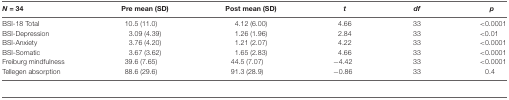
<table><thead><tr><td><b><i>N</i> = 34</b></td><td><b>Pre mean (SD)</b></td><td><b>Post mean (SD)</b></td><td><b><i>t</i></b></td><td><b><i>df</i></b></td><td><b><i>p</i></b></td></tr></thead><tbody><tr><td>BSI-18 Total</td><td>10.5 (11.0)</td><td>4.12 (6.00)</td><td>4.66</td><td>33</td><td>&lt;0.0001</td></tr><tr><td>BSI-Depression</td><td>3.09 (4.39)</td><td>1.26 (1.96)</td><td>2.84</td><td>33</td><td>&lt;0.01</td></tr><tr><td>BSI-Anxiety</td><td>3.76 (4.20)</td><td>1.21 (2.07)</td><td>4.22</td><td>33</td><td>&lt;0.0001</td></tr><tr><td>BSI-Somatic</td><td>3.67 (3.62)</td><td>1.65 (2.83)</td><td>4.66</td><td>33</td><td>&lt;0.0001</td></tr><tr><td>Freiburg mindfulness</td><td>39.6 (7.65)</td><td>44.5 (7.07)</td><td>−4.42</td><td>33</td><td>&lt;0.0001</td></tr><tr><td>Tellegen absorption</td><td>88.6 (29.6)</td><td>91.3 (28.9)</td><td>−0.86</td><td>33</td><td>0.4</td></tr></tbody></table>